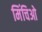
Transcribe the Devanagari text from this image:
मिंचिओ